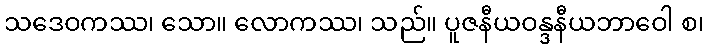
သဒေဝကဿ၊ သော။ လောကဿ၊ သည်။ ပူဇနီယဝန္ဒနီယဘာဝေါ စ၊